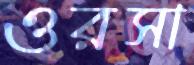
ওরসা